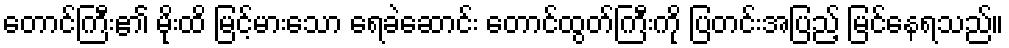
တောင်ကြီး၏ မိုးထိ မြင့်မားသော ရေခဲဆောင်း တောင်ထွတ်ကြီးကို ပြတင်းအပြည့် မြင်နေရသည်။